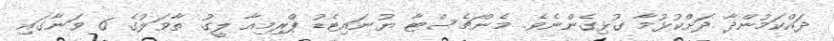
ދައްކަމުންދާ ދަށްކުޅުމާ ގުޅިގެންނެވެ. މެންޗެސްޓާ ޔުނައިޓެޑު ޕްރިމިއާ ލީގު ތާވަލުގެ 6 ވަނާގައި